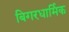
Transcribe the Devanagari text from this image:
बिगरधार्मिक